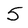
Character: 5